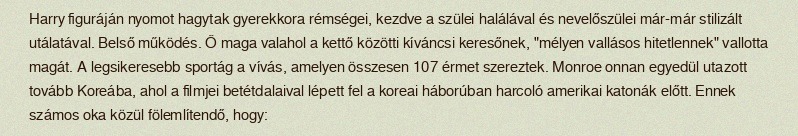
Harry figuráján nyomot hagytak gyerekkora rémségei, kezdve a szülei halálával és nevelőszülei már-már stilizált utálatával. Belső működés. Ő maga valahol a kettő közötti kíváncsi keresőnek, "mélyen vallásos hitetlennek" vallotta magát. A legsikeresebb sportág a vívás, amelyen összesen 107 érmet szereztek. Monroe onnan egyedül utazott tovább Koreába, ahol a filmjei betétdalaival lépett fel a koreai háborúban harcoló amerikai katonák előtt. Ennek számos oka közül fölemlítendő, hogy: